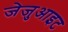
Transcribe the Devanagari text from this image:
जेजुआइट